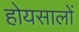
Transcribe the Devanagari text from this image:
होयसालों